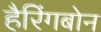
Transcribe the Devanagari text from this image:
हैरिंगबोन